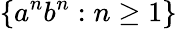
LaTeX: \{ a^{n}b^{n}:n\geq 1\}